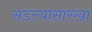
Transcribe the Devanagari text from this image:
सडल्यासारखा